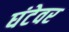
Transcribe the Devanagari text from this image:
घंटेवर